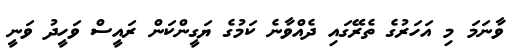
ވާނަމަ މި އަހަރުގެ ތެރޭގައި ދެއްވާނެ ކަމުގެ ޔަގީންކަން ރައީސް ވަހީދު ވަނީ